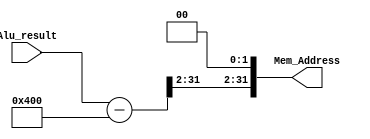
module Address_mapping 
	(
		input [31:0] Alu_result,
		output [31:0] Mem_Address
	);
	wire [31:0] exact_mem_address; 
	assign  exact_mem_address = Alu_result - 32'd1024 ;
	assign  Mem_Address = { exact_mem_address [31:2] , 2'b0 } ; // for reading a complete word

endmodule